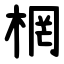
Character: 棢